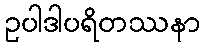
ဥပါဒါပရိတဿနာ